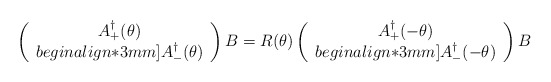
\begin{align*}\left ( \begin{array}{c}A_+ ^\dagger (\theta) \\begin{align*}3mm]A_{-}^\dagger (\theta) \end{array}\right )B = R(\theta) \left (\begin{array}{c}A_+ ^\dagger (-\theta) \\begin{align*}3mm]A_{-}^\dagger (-\theta) \end{array}\right ) B\end{align*}